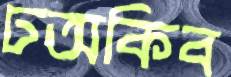
ঢঅকিব